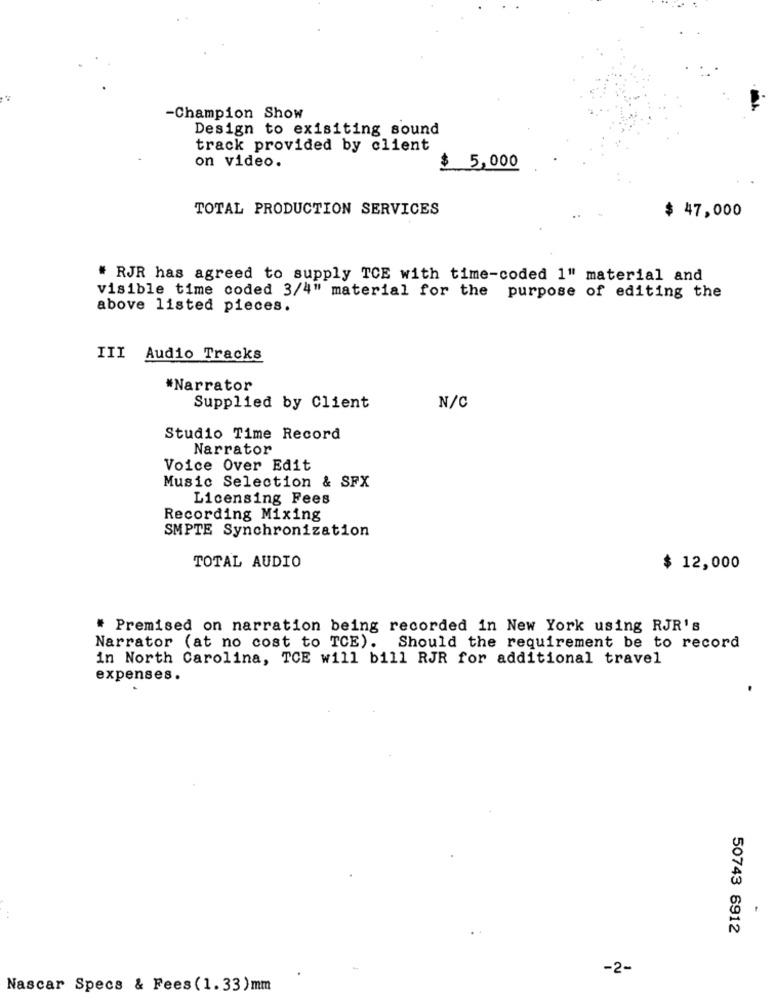
-Champion Show
Design to exisiting sound
track provided by client
on video.
5,000
TOTAL PRODUCTION SERVICES
$ 47,000
# RJR has agreed to supply TCE with time-coded 1" material and
visible time coded 3/4" material for the purpose of editing the
above listed pieces.
III Audio Tracks
*Narrator
Supplied by Client
N/C
Studio Time Record
Narrator
Voice Over Edit
Music Selection & SFX
Licensing Fees
Recording Mixing
SMPTE Synchronization
TOTAL AUDIO
$ 12,000
# Premised on narration being recorded in New York using RJR's
Narrator (at no cost to TCE). Should the requirement be to record
in North Carolina, TCE will bill RJR for additional travel
expenses.
50743 6912
-2-
Nascar Specs & Fees(1.33)mm